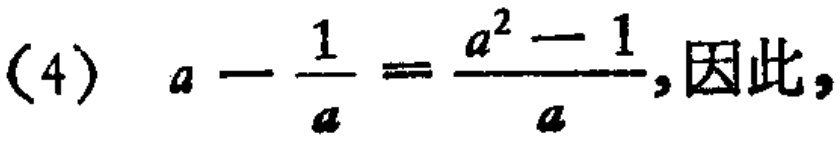
(4) \(a - \frac{1}{a} = \frac{a^{2}-1}{a}\), 因此,